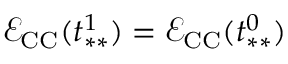
\mathcal { E } _ { \mathrm { C C } } ( t _ { * * } ^ { 1 } ) = \mathcal { E } _ { \mathrm { C C } } ( t _ { * * } ^ { 0 } )